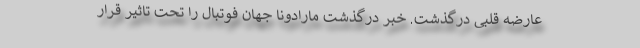
عارضه قلبی درگذشت. خبر درگذشت مارادونا جهان فوتبال را تحت تاثیر قرار